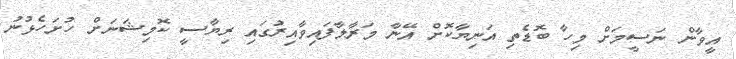
އީވާން ނަސީމަށް މިހާ ބޮޑެތި އަނިޔާކޮށް އޭނާ މަރާލާފައިވާއިރުގައި ރިޔާސީ ކޮމިޝަނަށް ހުށަހެޅުނު